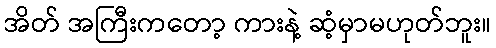
အိတ် အကြီးကတော့ ကားနဲ့ ဆံ့မှာမဟုတ်ဘူး။